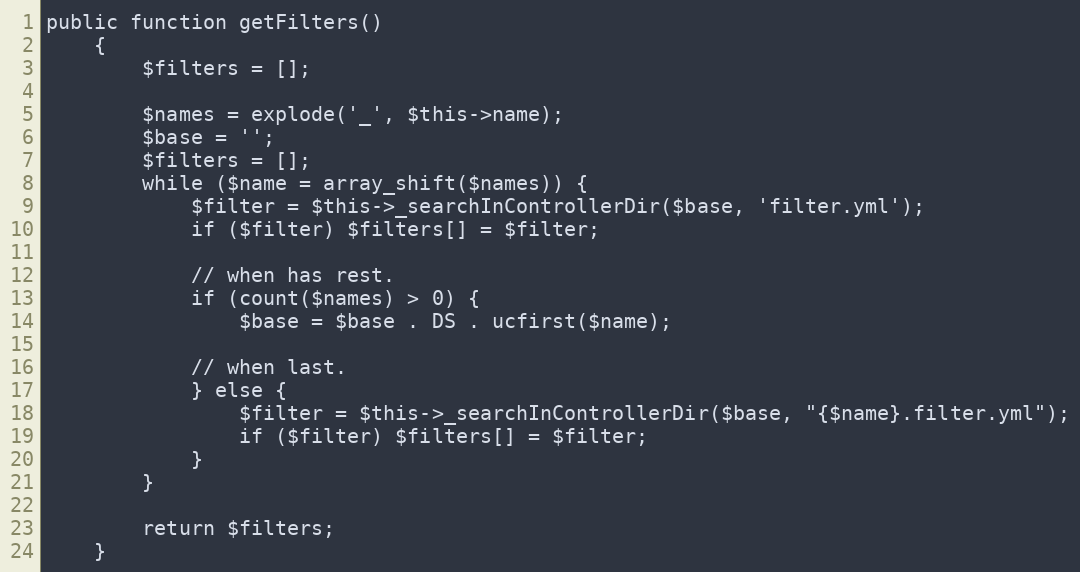
Language: PHP
public function getFilters()
    {
        $filters = [];

        $names = explode('_', $this->name);
        $base = '';
        $filters = [];
        while ($name = array_shift($names)) {
            $filter = $this->_searchInControllerDir($base, 'filter.yml');
            if ($filter) $filters[] = $filter;

            // when has rest.
            if (count($names) > 0) {
                $base = $base . DS . ucfirst($name);

            // when last.
            } else {
                $filter = $this->_searchInControllerDir($base, "{$name}.filter.yml");
                if ($filter) $filters[] = $filter;
            }
        }

        return $filters;
    }